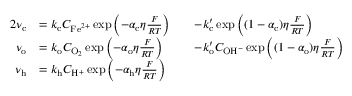
\begin{array} { r l r l } { { 2 } \nu _ { \mathrm { c } } } & { = k _ { \mathrm { c } } C _ { \mathrm { F e } ^ { 2 + } } \exp \left( - \alpha _ { \mathrm { c } } \eta \frac { F } { R T } \right) } & & { - k _ { \mathrm { c } } ^ { \prime } \exp \left( ( 1 - \alpha _ { \mathrm { c } } ) \eta \frac { F } { R T } \right) } \\ { \nu _ { \mathrm { o } } } & { = k _ { \mathrm { o } } C _ { \mathrm { O } _ { 2 } } \exp \left( - \alpha _ { \mathrm { o } } \eta \frac { F } { R T } \right) } & & { - k _ { \mathrm { o } } ^ { \prime } C _ { \mathrm { O H } ^ { - } } \exp \left( ( 1 - \alpha _ { \mathrm { o } } ) \eta \frac { F } { R T } \right) } \\ { \nu _ { \mathrm { h } } } & { = k _ { \mathrm { h } } C _ { \mathrm { H } ^ { + } } \exp \left( - \alpha _ { \mathrm { h } } \eta \frac { F } { R T } \right) } & & { } \end{array}